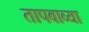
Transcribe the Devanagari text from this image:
तापवाव्या